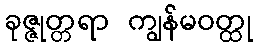
ခုဇ္ဇုတ္တရာ ကျွန်မဝတ္ထု